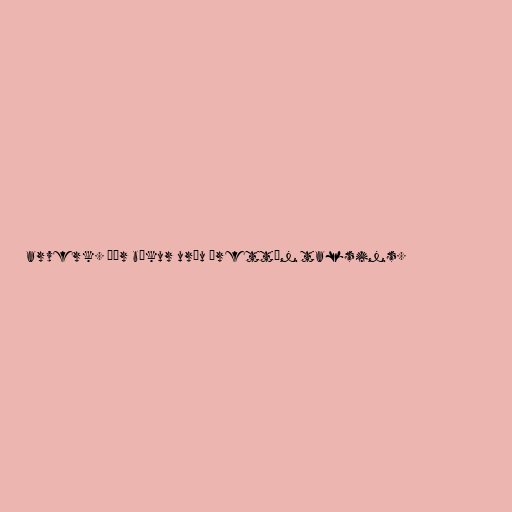
arverk. Þær bækur urðu þrettán talsins.